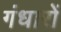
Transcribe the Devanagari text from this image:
गंधारों